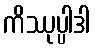
ကိဿုပ္ပါဒါ